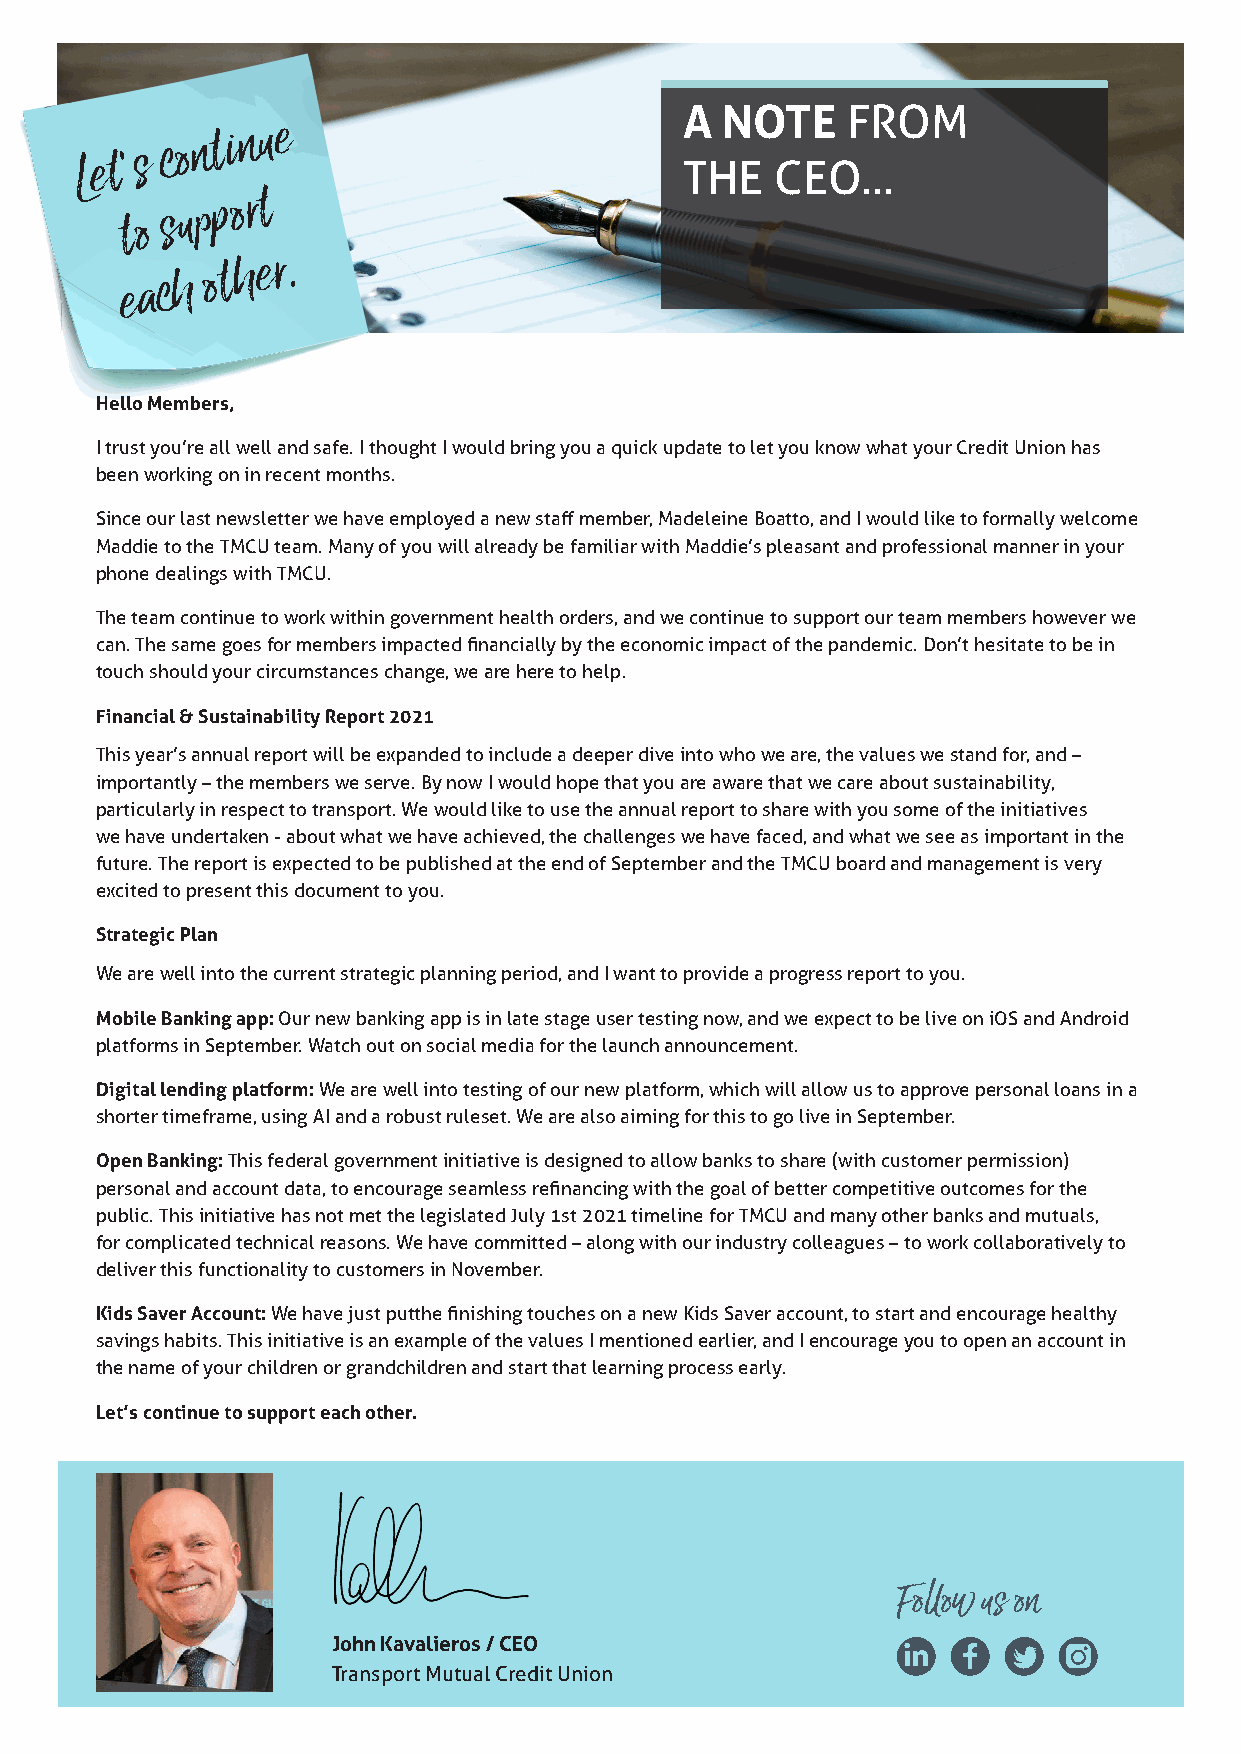
L e t ’ s c o n t i n u e
 A
 TH
 N EO CT EE
 O
 F .R ..OM
 pp o r t
 t o s u
 e a c h o t h e r .
 Hello Members,
 I trust you’re all well and safe. I thought I would bring you a quick update to let you know what your Credit Union has
 been working on in recent months.
 Since our last newsletter we have employed a new staff member, Madeleine Boatto, and I would like to formally welcome
 Maddie to the TMCU team. Many of you will already be familiar with Maddie’s pleasant and professional manner in your
 phone dealings with TMCU.
 The team continue to work within government health orders, and we continue to support our team members however we
 can. The same goes for members impacted financially by the economic impact of the pandemic. Don’t hesitate to be in
 touch should your circumstances change, we are here to help.
 Financial & Sustainability Report 2021
 This year’s annual report will be expanded to include a deeper dive into who we are, the values we stand for, and –
 importantly – the members we serve. By now I would hope that you are aware that we care about sustainability,
 particularly in respect to transport. We would like to use the annual report to share with you some of the initiatives
 we have undertaken - about what we have achieved, the challenges we have faced, and what we see as important in the
 future. The report is expected to be published at the end of September and the TMCU board and management is very
 excited to present this document to you.
 Strategic Plan
 We are well into the current strategic planning period, and I want to provide a progress report to you.
 Mobile Banking app: Our new banking app is in late stage user testing now, and we expect to be live on iOS and Android
 platforms in September. Watch out on social media for the launch announcement.
 Digital lending platform: We are well into testing of our new platform, which will allow us to approve personal loans in a
 shorter timeframe, using AI and a robust ruleset. We are also aiming for this to go live in September.
 Open Banking: This federal government initiative is designed to allow banks to share (with customer permission)
 personal and account data, to encourage seamless refinancing with the goal of better competitive outcomes for the
 public. This initiative has not met the legislated July 1st 2021 timeline for TMCU and many other banks and mutuals,
 for complicated technical reasons. We have committed – along with our industry colleagues – to work collaboratively to
 deliver this functionality to customers in November.
 Kids Saver Account: We have just put the finishing touches on a new Kids Saver account, to start and encourage healthy
 savings habits. This initiative is an example of the values I mentioned earlier, and I encourage you to open an account in
 the name of your children or grandchildren and start that learning process early.
 Let’s continue to support each other.
 Follow us on
 John Kavalieros / CEO
 Transport Mutual Credit Union